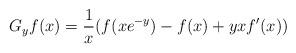
LaTeX: \begin{align*}G_y f(x)=\frac{1}{x}(f(x e^{-y})-f(x)+yx f'(x))\end{align*}